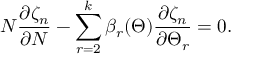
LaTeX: N \frac { \partial \zeta _ { n } } { \partial N } - \sum _ { r = 2 } ^ { k } \beta _ { r } ( \Theta ) \frac { \partial \zeta _ { n } } { \partial \Theta _ { r } } = 0 .